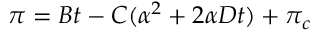
\pi = B t - C ( \alpha ^ { 2 } + 2 { \alpha } D t ) + \pi _ { c }